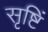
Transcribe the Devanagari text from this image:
सृष्टिं